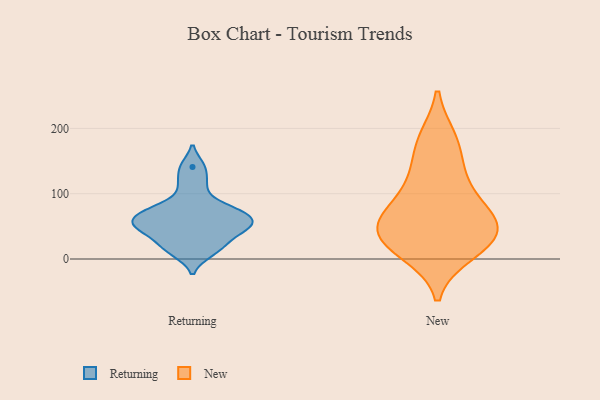
{"axis": {"x": "Market Share (%)", "y": "Value"}, "legend": ["New", "Returning"], "data": [{"x": "", "y": 50, "type": "Returning"}, {"x": "", "y": 32, "type": "Returning"}, {"x": "", "y": 53, "type": "Returning"}, {"x": "", "y": 113, "type": "Returning"}, {"x": "", "y": 141, "type": "Returning"}, {"x": "", "y": 52, "type": "Returning"}, {"x": "", "y": 73, "type": "Returning"}, {"x": "", "y": 76, "type": "Returning"}, {"x": "", "y": 54, "type": "Returning"}, {"x": "", "y": 10, "type": "Returning"}, {"x": "", "y": 75, "type": "Returning"}, {"x": "", "y": 19, "type": "Returning"}, {"x": "", "y": 30, "type": "New"}, {"x": "", "y": 183, "type": "New"}, {"x": "", "y": 48, "type": "New"}, {"x": "", "y": 10, "type": "New"}, {"x": "", "y": 64, "type": "New"}, {"x": "", "y": 127, "type": "New"}, {"x": "", "y": 20, "type": "New"}, {"x": "", "y": 178, "type": "New"}, {"x": "", "y": 121, "type": "New"}, {"x": "", "y": 79, "type": "New"}, {"x": "", "y": 66, "type": "New"}, {"x": "", "y": 50, "type": "New"}, {"x": "", "y": 27, "type": "New"}]}